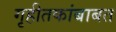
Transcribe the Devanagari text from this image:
गृहीतकांबाबत